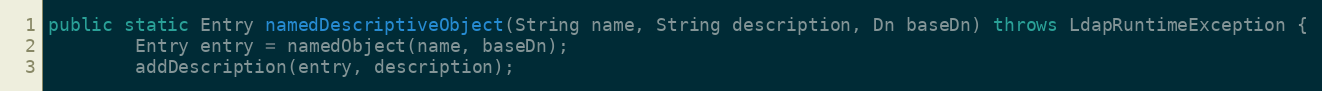
Language: Java
public static Entry namedDescriptiveObject(String name, String description, Dn baseDn) throws LdapRuntimeException {
        Entry entry = namedObject(name, baseDn);
        addDescription(entry, description);